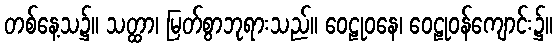
တစ်နေ့သ၌။ သတ္ထာ၊ မြတ်စွာဘုရားသည်။ ဝေဠုဝနေ၊ ဝေဠုဝန်ကျောင်း၌။